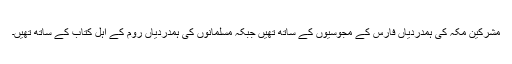
مشرکین مکہ کی ہمدردیاں فارس کے مجوسیوں کے ساتھ تھیں جبکہ مسلمانوں کی ہمدردیاں روم کے اہل کتاب کے ساتھ تھیں۔